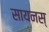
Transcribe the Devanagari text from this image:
सायनस्